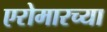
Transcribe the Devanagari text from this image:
एरोमारच्या